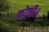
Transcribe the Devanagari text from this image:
कोठी।